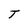
Character: T